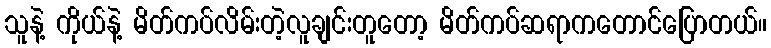
သူနဲ့ ကိုယ်နဲ့ မိတ်ကပ်လိမ်းတဲ့လူချင်းတူတော့ မိတ်ကပ်ဆရာကတောင်ပြောတယ်။